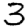
Digit: 3